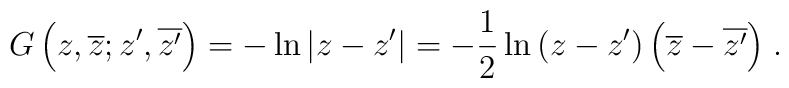
G\left(z,\overline{z};z',\overline{z'}\right)=-\ln{\left|z-z'\right|}=-{1\over2}\ln{\left(z-z'\right)\left(\overline z-\overline {z'}\right)}\;.